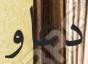
دعاو